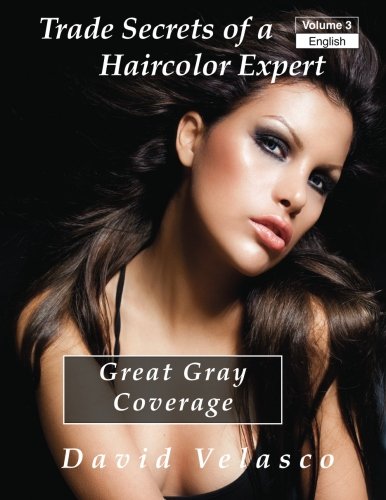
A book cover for Great Gray Coverage (Trade Secrets of a Haircolor Expert) (Volume 3); David Velasco; Education & Teaching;